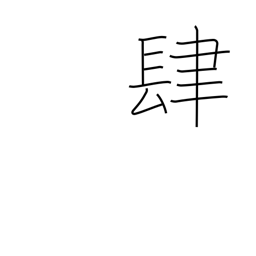
Meaning: four